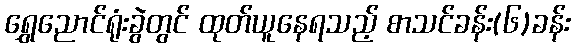
ရွှေညောင်ရုံးခွဲတွင် ထုတ်ယူနေရသည့် စာသင်ခန်း(၆)ခန်း